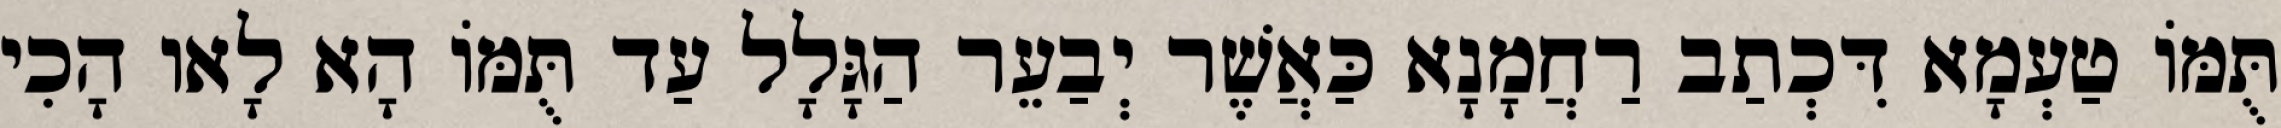
תֻּמּוֹ טַעְמָא דִּכְתַב רַחֲמָנָא כַּאֲשֶׁר יְבַעֵר הַגָּלָל עַד תֻּמּוֹ הָא לָאו הָכִי